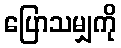
ပြောသမျှကို